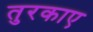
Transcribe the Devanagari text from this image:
तुरकाए